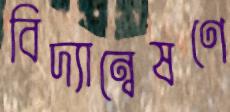
বিদ্যান্বেষণে